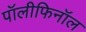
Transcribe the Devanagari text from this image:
पॉलीफिनॉल